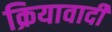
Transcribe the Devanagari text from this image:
क्रियावादी